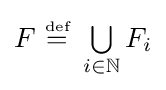
F~{\stackrel {\scriptscriptstyle {\text{def}}}{=}}~\textstyle \bigcup \limits _{i\in \mathbb {N} }F_{i}